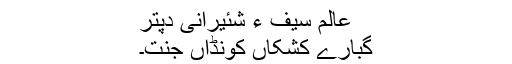
عالم سیف ءِ شئیرانی دپتر
گُبارے کِشکاں کونڈاں جنت۔